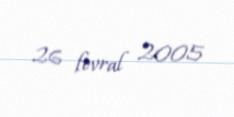
26 fevral 2005